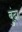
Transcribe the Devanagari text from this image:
बुंदा